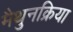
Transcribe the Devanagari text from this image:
मैथुनक्रिया